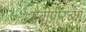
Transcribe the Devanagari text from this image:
गैबीपीरच्या